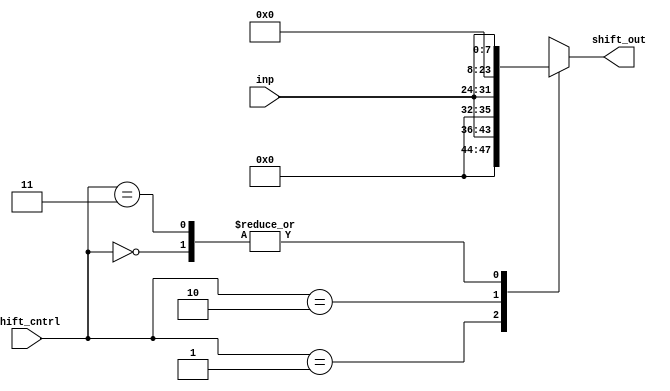
module shifter (
  input [7:0] inp,
  input [1:0] shift_cntrl,
  output reg [15:0] shift_out
);


  always @(*) begin
    case(shift_cntrl)
      2'b00: shift_out = {8'b0000_0000, inp};
      2'b01: shift_out = {4'b0000, inp, 4'b0000};
      2'b10: shift_out = {inp, 8'b0000_0000};
      2'b11: shift_out = {8'b0000_0000, inp};
    endcase
  end

endmodule